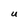
Character: U